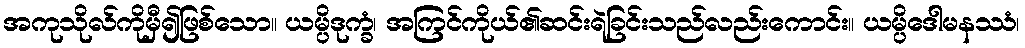
အကုသိုလ်ကိုမှီ၍ဖြစ်သော။ ယမ္ပိဒုက္ခံ၊ အကြင်ကိုယ်၏ဆင်းရဲခြင်းသည်လည်းကောင်း။ ယမ္ပိဒေါမနဿံ၊